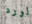
لورد